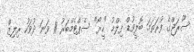
ސޫރަޖްގެ ފުރަތަމަ ބޮލީވުޑް ފިލްމު "ހީރޯ" ސެޕްޓެމްބަރު 11 ވަަނަ ދުވަހު ރިލިޒް